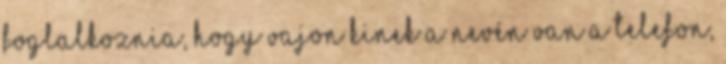
foglalkoznia, hogy vajon kinek a nevén van a telefon,